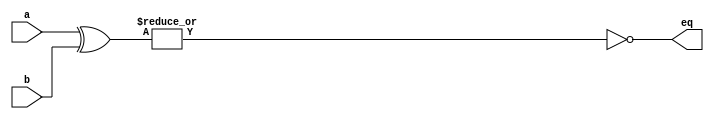
`timescale 1ns/1ps

module comp4(eq, a, b);

	// 4-bit bus inputs
	parameter N = 4;
	input [N-1:0] a, b;
	
	// single true/false output for equality
	output wire eq;

	// a and b must be bitwise equal
	// ^ (XOR) operator applies to corresponding bits
	// ~| (NOR) operator indicates all bits of the result must be 0
  assign eq = ~| (a ^ b);

endmodule